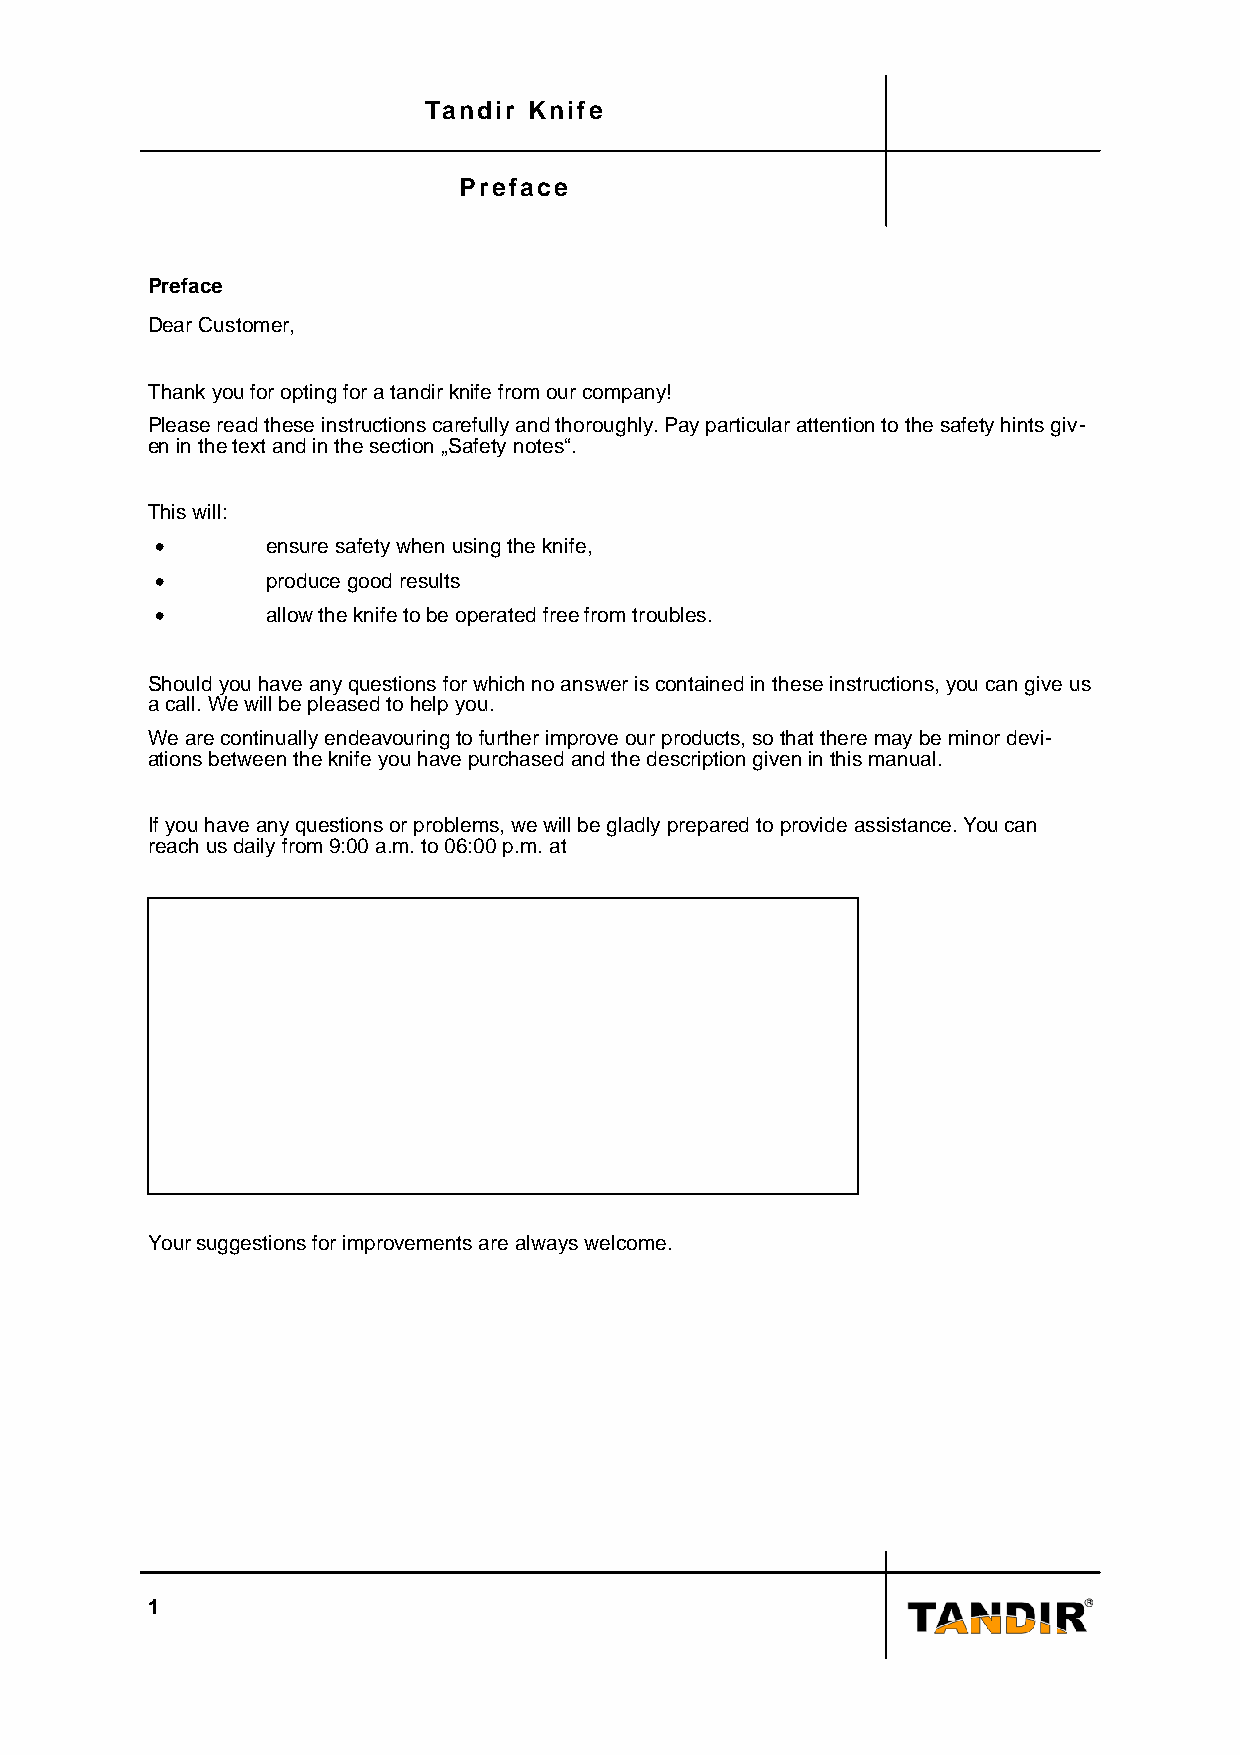
Tandir Knife
 Preface
 Preface
 Dear Customer,
 Thank you for opting for a tandir knife from our company!
 Please read these instructions carefully and thoroughly. Pay particular attention to the safety hints giv-
 en in the text and in the section „Safety notes“.
 This will:
 •       ensure safety when using the knife,
 •       produce good results
 •       allow the knife to be operated free from troubles.
 Should you have any questions for which no answer is contained in these instructions, you can give us
 a call. We will be pleased to help you.
 We are continually endeavouring to further improve our products, so that there may be minor devi-
 ations between the knife you have purchased and the description given in this manual.
 If you have any questions or problems, we will be gladly prepared to provide assistance. You can
 reach us daily from 9:00 a.m. to 06:00 p.m. at
 Your suggestions for improvements are always welcome.
 1